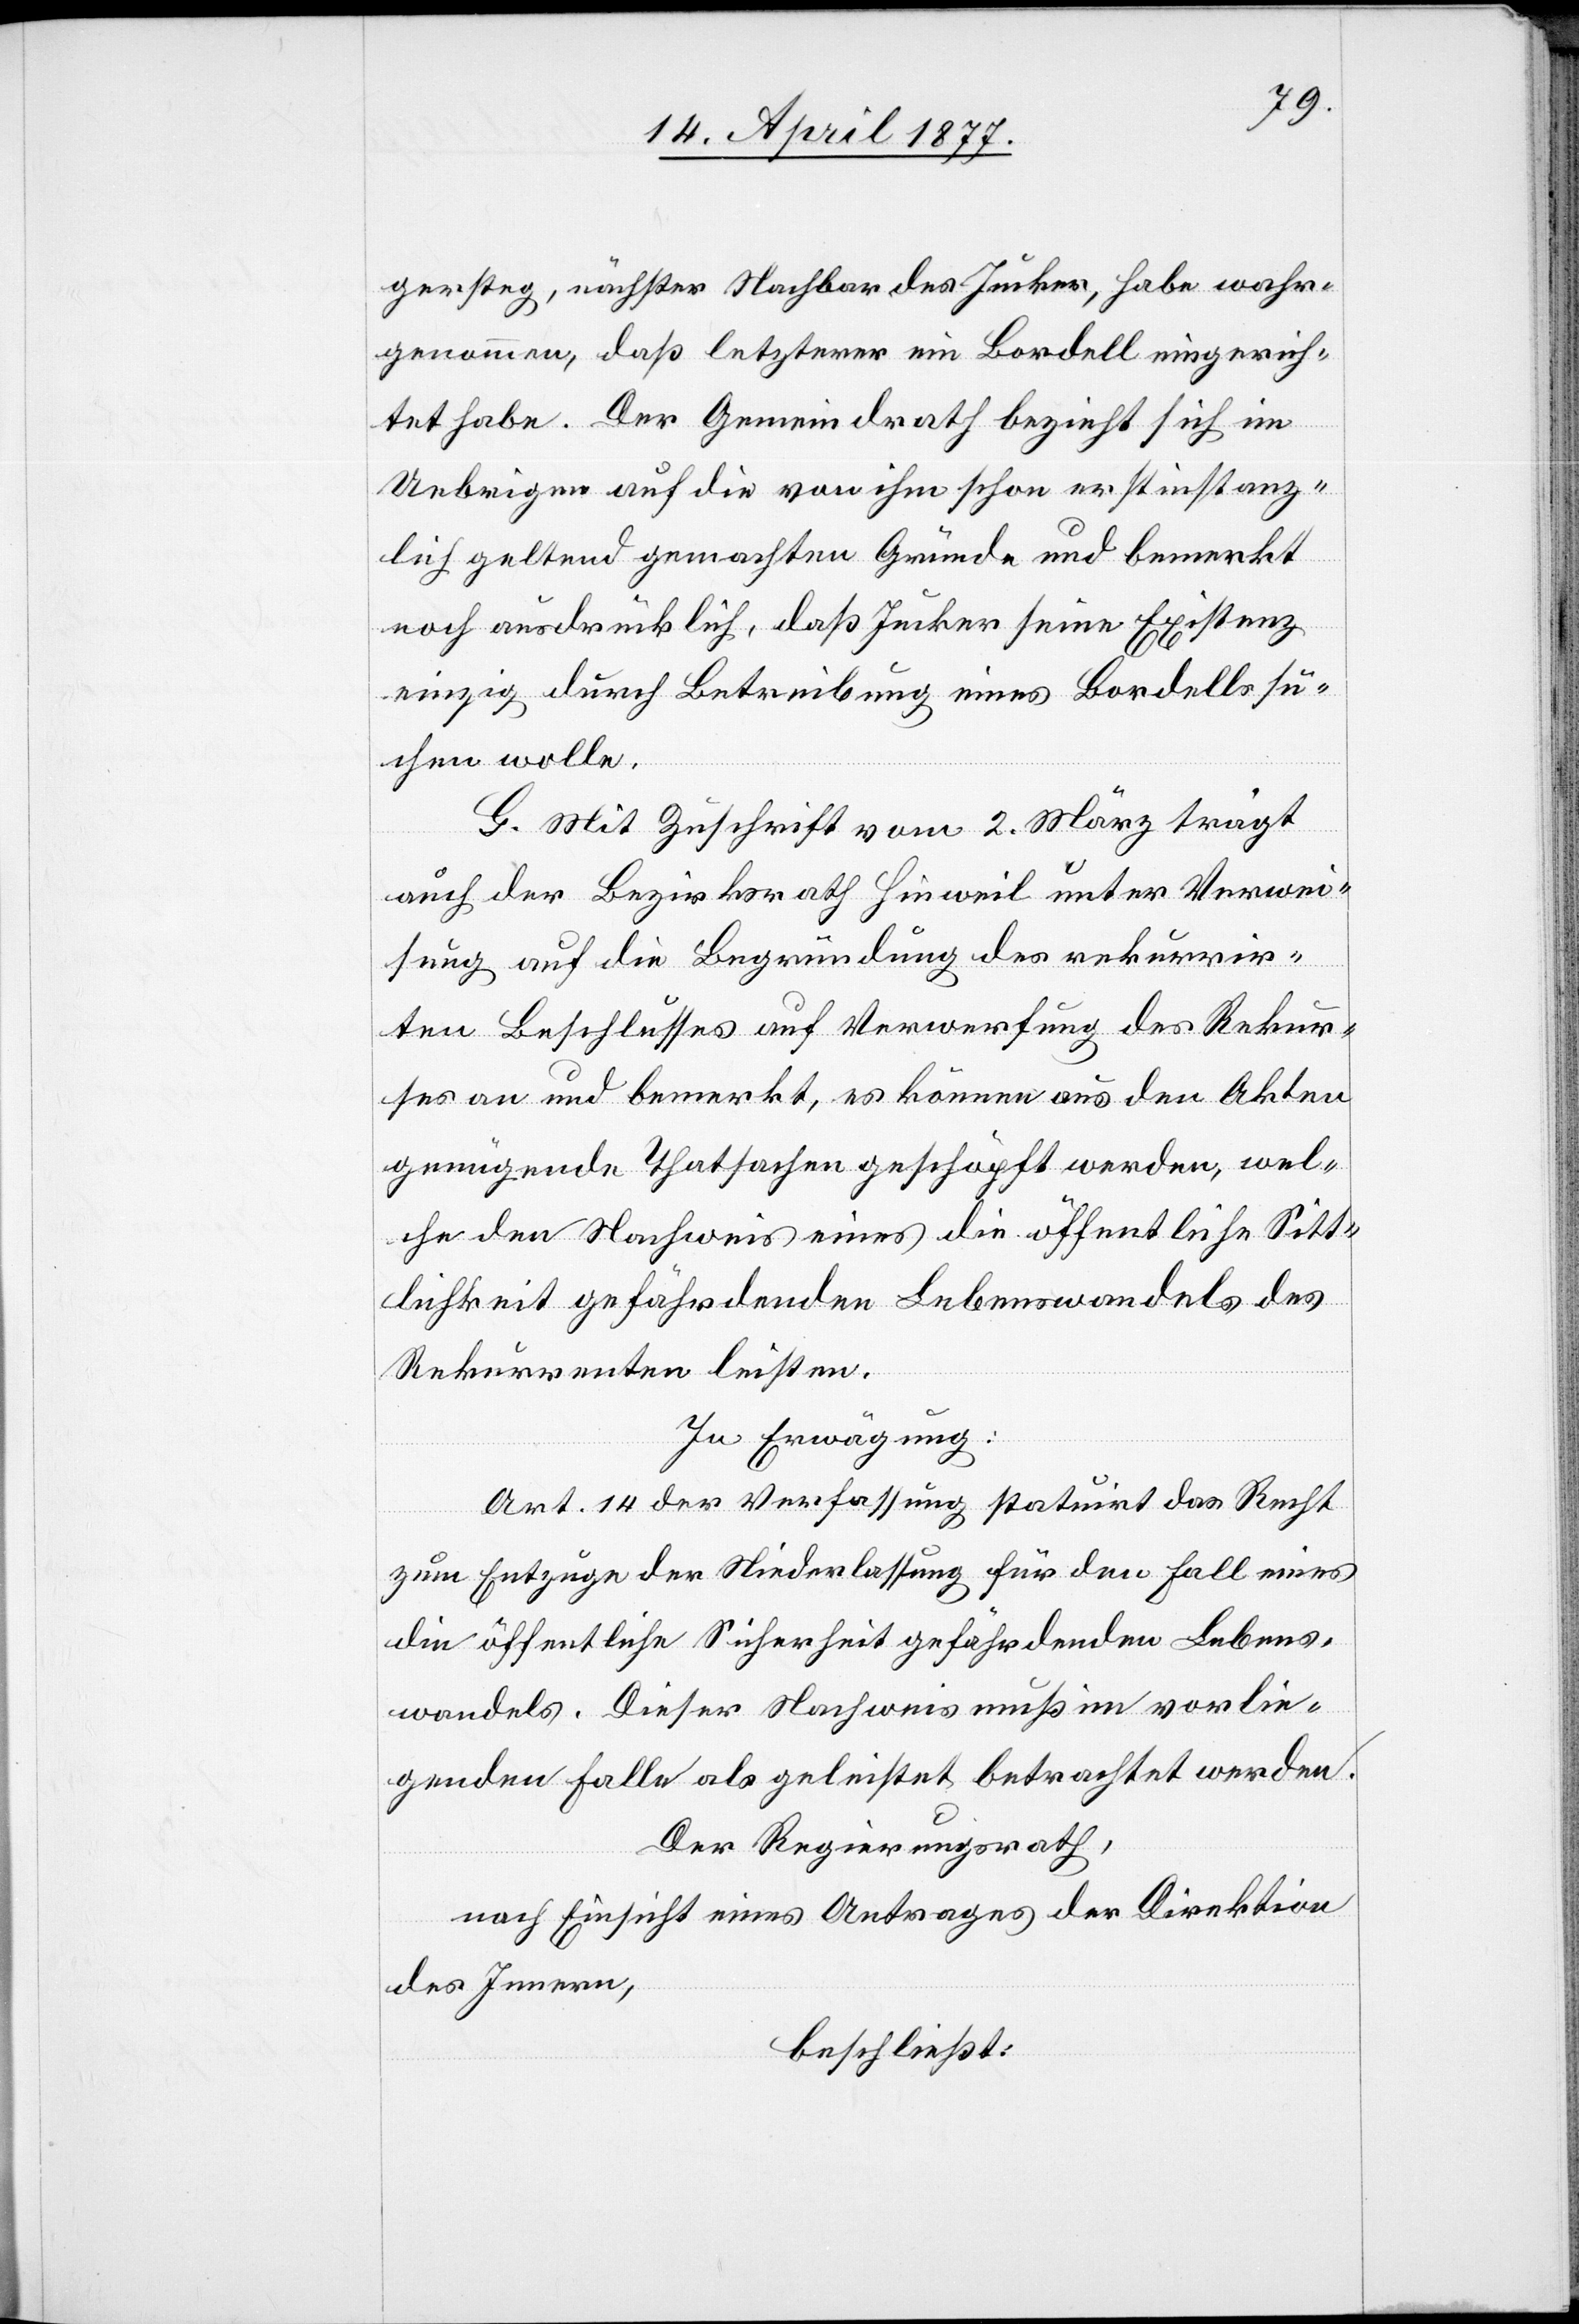
gersteg, nächster Nachbar des Jucker, habe wahr¬
genommen, daß letzterer ein Bordell eingerich¬
tet habe. Der Gemeindrath bezieht sich im
Uebrigen auf die von ihm schon erstinstanz¬
lich geltend gemachten Gründe und bemerkt
noch ausdrücklich, daß Jucker seine Existenz
einzig durch Betreibung eines Bordells su¬
chen wolle.
G. Mit Zuschrift vom 2. März trägt
auch der Bezirksrath Hinweil unter Verwei¬
sung auf die Begründung des rekurrir¬
ten Beschlusses auf Verwerfung des Rekur¬
ses an und bemerkt, es können aus den Akten
genügende Thatsachen geschöpft werden, wel¬
che den Nachweis eines die öffentliche Sitt¬
lichkeit gefährdenden Lebenswandels des
Rekurrenten leisten.
In Erwägung:
Art. 14 der Verfassung statuirt das Recht
zum Entzuge der Niederlassung für den Fall eines
die öffentliche Sicherheit [sic!] gefährdenden Lebens¬
wandels. Dieser Nachweis muß im vorlie¬
genden Falle als geleistet betrachtet werden.
Der Regierungsrath,
nach Einsicht eines Antrages der Direktion
des Innern,
beschließt: